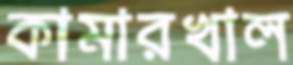
কামারখাল